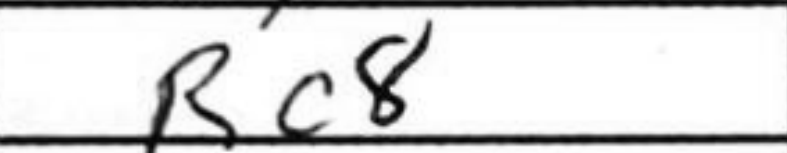
Transcription: Rc8